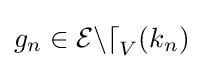
g_{n}\in {\mathcal {End}}_{V}(k_{n})